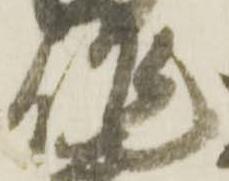
作